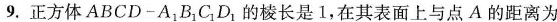
9.正方体ABCD-A_{1}B_{1}C_{1}D_{1}的棱长是1，在其表面上与点A的距离为